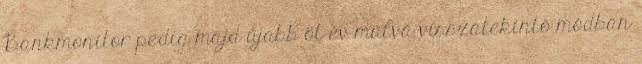
Bankmonitor pedig majd újabb öt év múlva visszatekintő módban